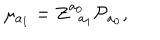
\mu _ { a _ { 1 } } = Z _ { \; \; a _ { 1 } } ^ { a _ { 0 } } { \cal P } _ { a _ { 0 } } ,